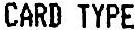
CARD TYPE